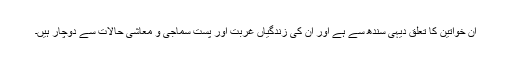
ان خواتین کا تعلق دیہی سندھ سے ہے اور ان کی زندگیاں غربت اور پست سماجی و معاشی حالات سے دوچار ہیں۔